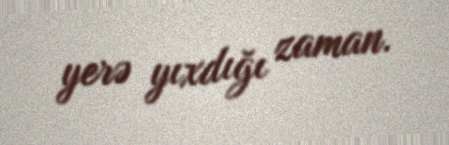
yerə yıxdığı zaman.